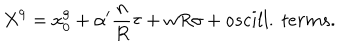
X ^ { 9 } = x _ { 0 } ^ { 9 } + \alpha ^ { \prime } { \frac { n } { R } } \tau + w R \sigma + o s c i l l . \ t e r m s .